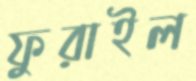
ফুরাইল